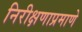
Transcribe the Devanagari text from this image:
निरीक्षणाप्रमाणे